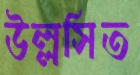
উল্লসিত